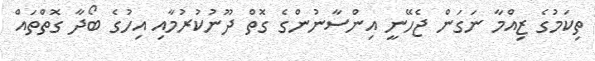
ތިކަމުގެ ޒިއްމާ ނަގަން ޖެހޭނީ އިންސާނުންގެ ގޮތް ދޫނުކުރުމާއި އިހުގެ ބޯދާ ގޮތްތައް